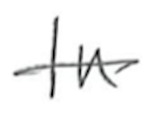
Text: In
Cross-out: single-line
Writing tool: pencil